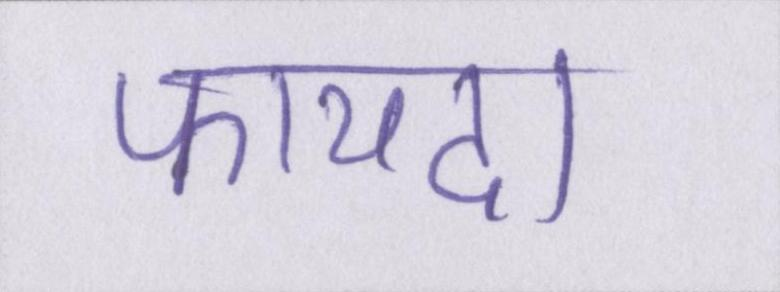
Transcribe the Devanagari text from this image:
फायदा